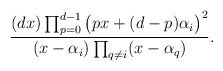
\begin{align*}\frac{(d x)\prod_{p=0}^{d-1}\big(p x+(d-p) \alpha_i\big)^2}{(x- \alpha_i)\prod_{q\neq i}(x- \alpha_q)}.\end{align*}